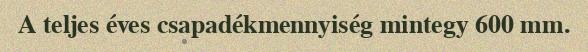
A teljes éves csapadékmennyiség mintegy 600 mm.